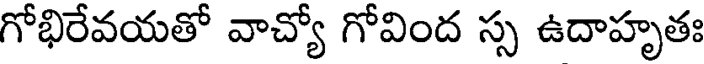
గోభిరేవయతో వాచ్యో గోవింద స్స ఉదాహృతః